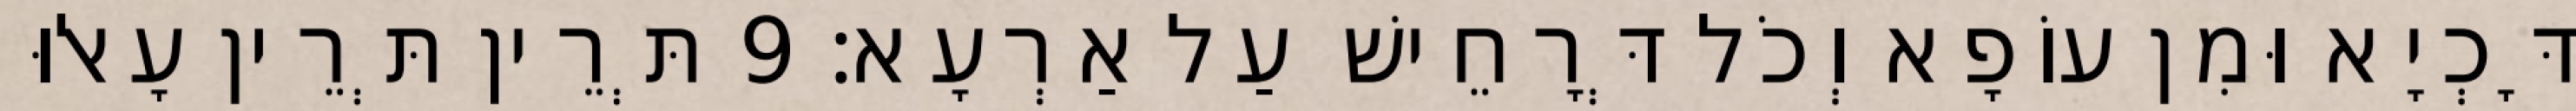
דָּכְיָא וּמִן עוֹפָא וְכֹל דְּרָחֵישׁ עַל אַרְעָא׃ 9 תְּרֵין תְּרֵין עָאלוּ